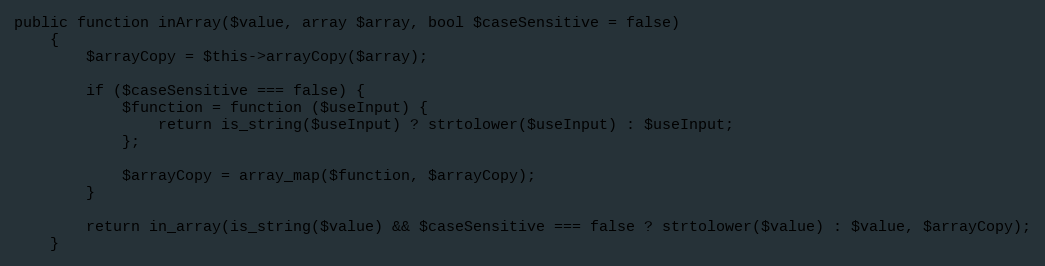
Language: PHP
public function inArray($value, array $array, bool $caseSensitive = false)
    {
        $arrayCopy = $this->arrayCopy($array);

        if ($caseSensitive === false) {
            $function = function ($useInput) {
                return is_string($useInput) ? strtolower($useInput) : $useInput;
            };

            $arrayCopy = array_map($function, $arrayCopy);
        }

        return in_array(is_string($value) && $caseSensitive === false ? strtolower($value) : $value, $arrayCopy);
    }